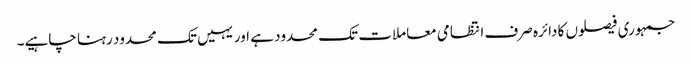
جمہوری فیصلوں کا دائرہ صرف انتظامی معاملات تک محدود ہے اور یہیں تک محدود رہنا چاہیے۔